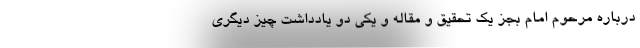
درباره مرحوم امام بجز یک تحقیق و مقاله و یکی دو یادداشت چیز دیگری